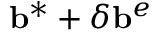
\mathbf { b } ^ { * } + \delta \mathbf { b } ^ { e }